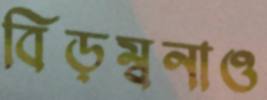
বিড়ম্বনাও